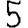
Digit: 5